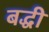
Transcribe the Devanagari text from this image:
बद्धी